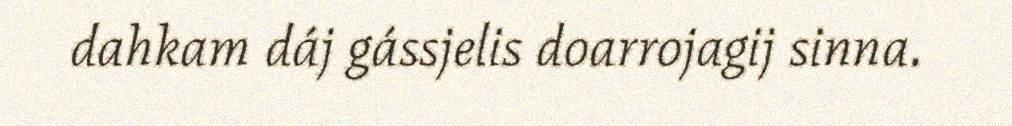
dahkam dáj gássjelis doarrojagij sinna.